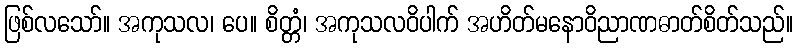
ဖြစ်လသော်။ အကုသလ၊ ပေ။ စိတ္တံ၊ အကုသလဝိပါက် အဟိတ်မနောဝိညာဏဓာတ်စိတ်သည်။